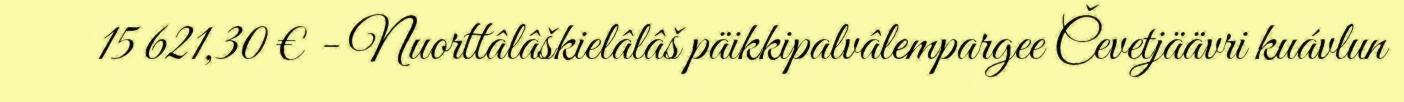
15 621,30 € - Nuorttâlâškielâlâš päikkipalvâlempargee Čevetjäävri kuávlun